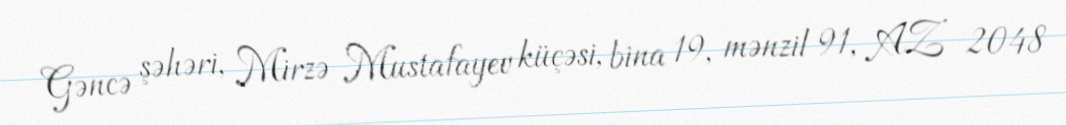
Gəncə şəhəri, Mirzə Mustafayev küçəsi, bina 19, mənzil 91, AZ 2048